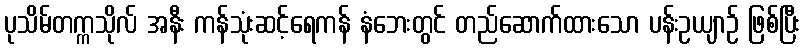
ပုသိမ်တက္ကသိုလ် အနီး ကန်သုံးဆင့်ရေကန် နံဘေးတွင် တည်ဆောက်ထားသော ပန်းဥယျာဉ် ဖြစ်ပြီး